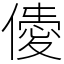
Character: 𠎹